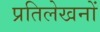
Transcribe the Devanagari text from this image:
प्रतिलेखनों